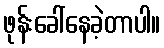
ဖုန်းခေါ်နေခဲ့တာပါ။